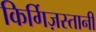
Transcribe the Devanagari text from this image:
किर्गिज़स्तानी